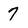
Character: 7